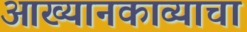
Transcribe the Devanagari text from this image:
आख्यानकाव्याचा